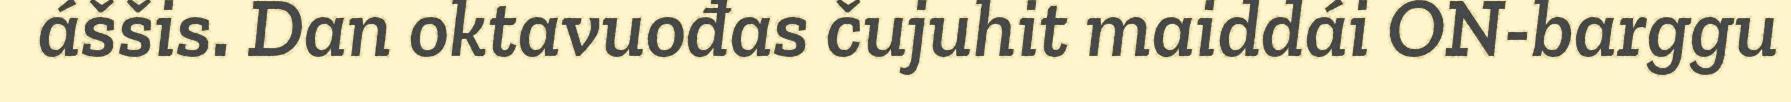
áššis. Dan oktavuođas čujuhit maiddái ON-barggu